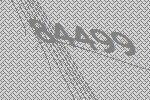
84499